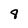
Character: 9